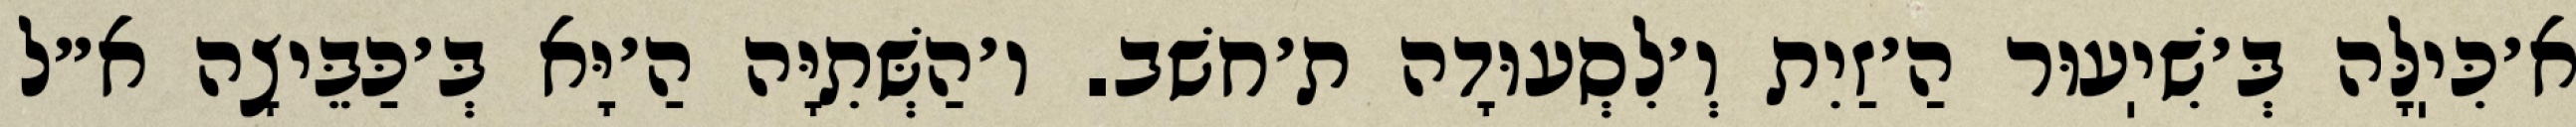
א׳כִּיֽלָּה בְּ׳שִׁיֽעוּר הַ׳זַיִת וְ׳לִסְעוּדָה ת׳חשׁב. ו׳הַשְּׁתִיָּה הַ׳יָּא בְּ׳כַּבֵּיצָה א״ל